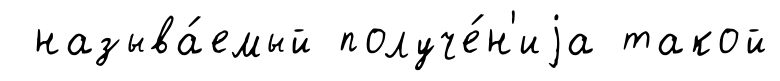
называ́емый получе́н'иjа такой